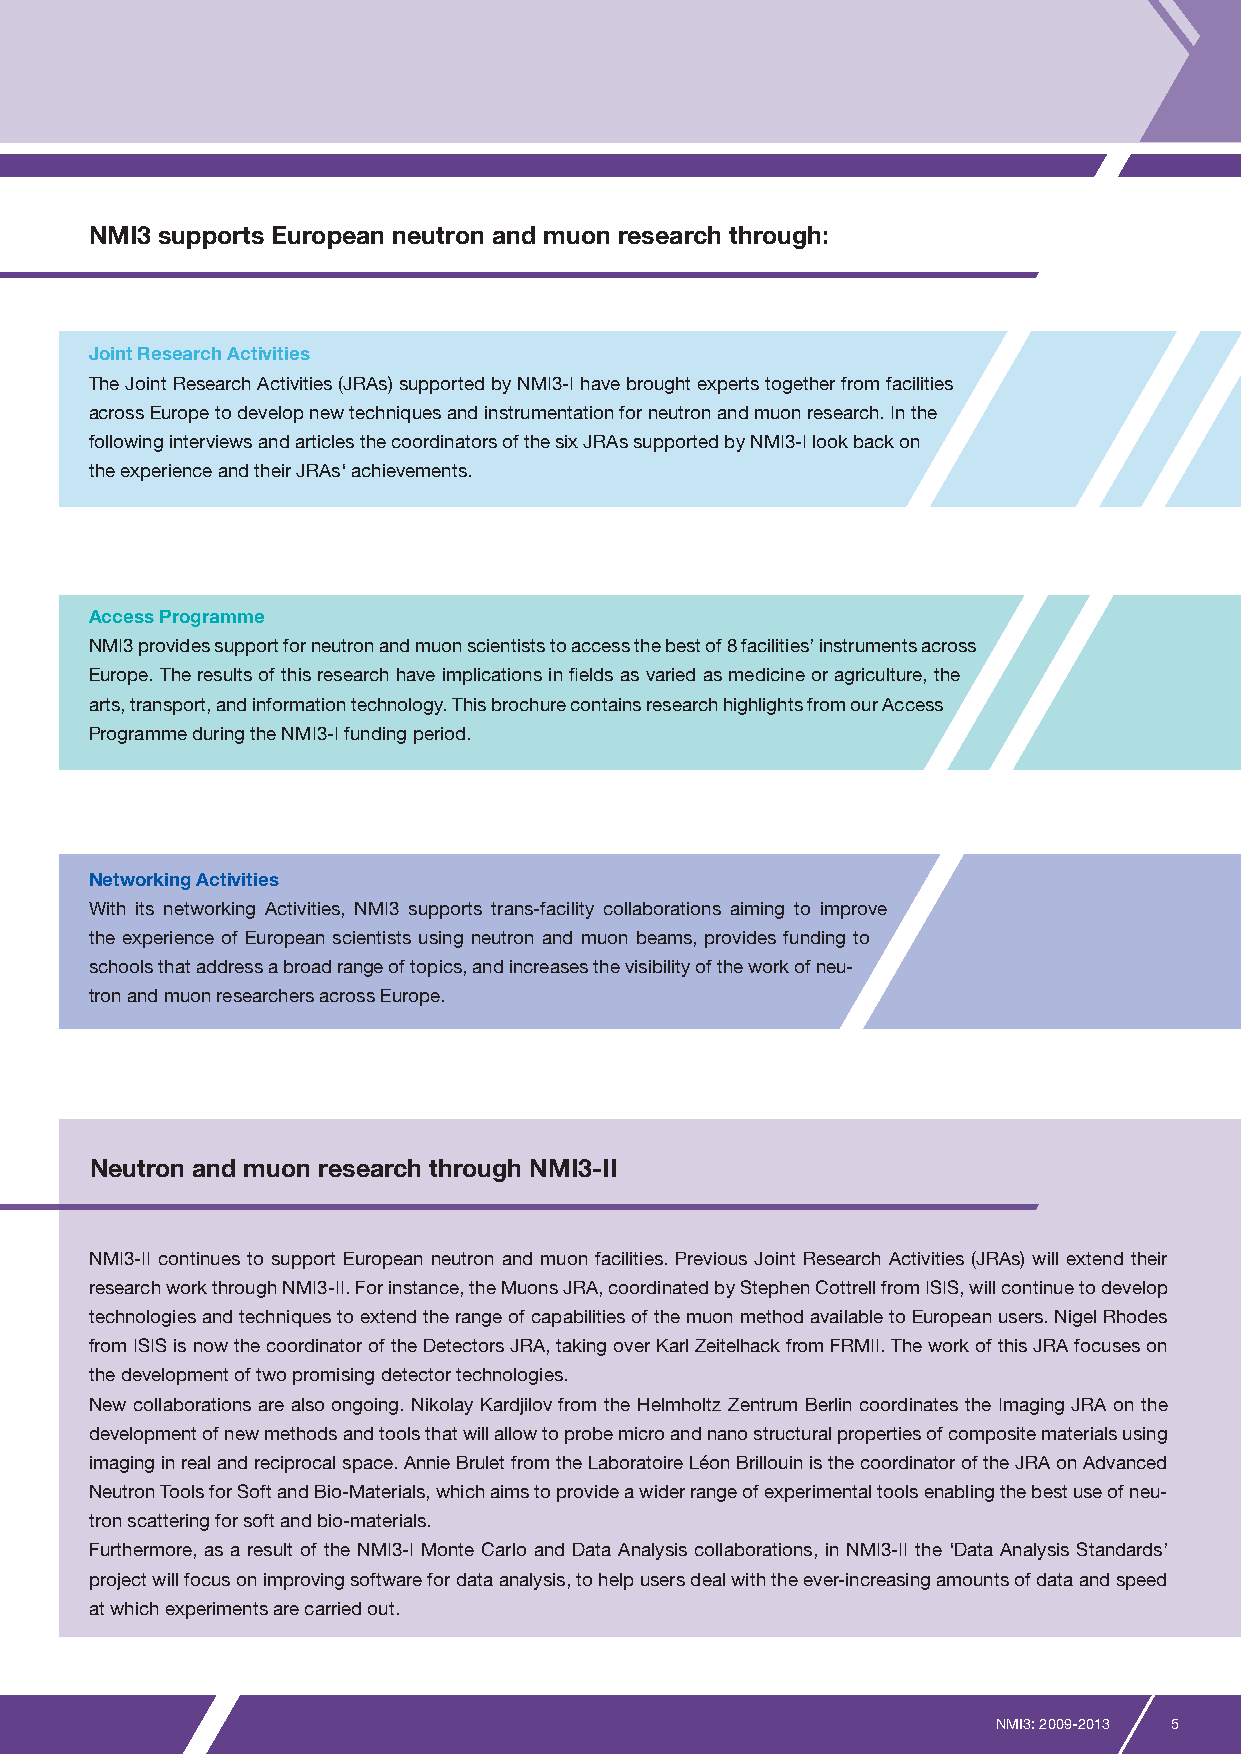
NMI3 supports European neutron and muon research through:
 Joint Research Activities
 The Joint Research Activities (JRAs) supported by NMI3-I have brought experts together from facilities
 across Europe to develop new techniques and instrumentation for neutron and muon research. In the
 following interviews and articles the coordinators of the six JRAs supported by NMI3-I look back on
 the experience and their JRAs‘ achievements.
 Access Programme
 NMI3 provides support for neutron and muon scientists to access the best of 8 facilities’ instruments across
 Europe. The results of this research have implications in fields as varied as medicine or agriculture, the
 arts, transport, and information technology. This brochure contains research highlights from our Access
 Programme during the NMI3-I funding period.
 Networking Activities
 With its networking Activities, NMI3 supports trans-facility collaborations aiming to improve
 the experience of European scientists using neutron and muon beams, provides funding to
 schools that address a broad range of topics, and increases the visibility of the work of neu-
 tron and muon researchers across Europe.
 Neutron and muon research through NMI3-II
 NMI3-II continues to support European neutron and muon facilities. Previous Joint Research Activities (JRAs) will extend their
 research work through NMI3-II. For instance, the Muons JRA, coordinated by Stephen Cottrell from ISIS, will continue to develop
 technologies and techniques to extend the range of capabilities of the muon method available to European users. Nigel Rhodes
 from ISIS is now the coordinator of the Detectors JRA, taking over Karl Zeitelhack from FRMII. The work of this JRA focuses on
 the development of two promising detector technologies.
 New collaborations are also ongoing. Nikolay Kardjilov from the Helmholtz Zentrum Berlin coordinates the Imaging JRA on the
 development of new methods and tools that will allow to probe micro and nano structural properties of composite materials using
 imaging in real and reciprocal space. Annie Brulet from the Laboratoire Léon Brillouin is the coordinator of the JRA on Advanced
 Neutron Tools for Soft and Bio-Materials, which aims to provide a wider range of experimental tools enabling the best use of neu-
 tron scattering for soft and bio-materials.
 Furthermore, as a result of the NMI3-I Monte Carlo and Data Analysis collaborations, in NMI3-II the ‘Data Analysis Standards’
 project will focus on improving software for data analysis, to help users deal with the ever-increasing amounts of data and speed
 at which experiments are carried out.
 NMI3: 2009-2013 5